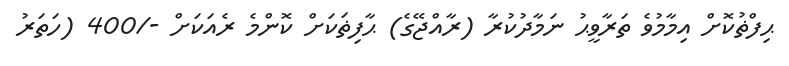
ޙިފްޡުކޮށް އިމާމުވެ ތަރާވީޙު ނަމާދުކުރާ (ރާއްޖޭގެ) ޙާފިޡަކަށް ކޮންމެ ރެއަކަށް -/400 (ހަތަރު